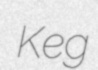
Keg